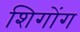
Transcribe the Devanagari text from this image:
शिगोंग